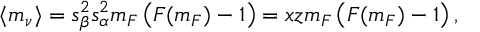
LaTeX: \langle m _ { \nu } \rangle = s _ { \beta } ^ { 2 } s _ { \alpha } ^ { 2 } m _ { F } \left( F ( m _ { F } ) - 1 \right) = x z m _ { F } \left( F ( m _ { F } ) - 1 \right) ,